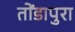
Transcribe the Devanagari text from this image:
तोंडापुरा